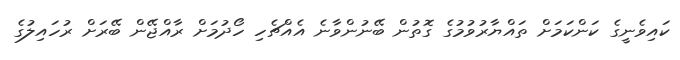
ކައިވެނީގެ ކަންކަމަށް ތައްޔާރުވުމުގެ ގޮތުން ބޭނުންވާނެ އެއްޗެހި ހޯދުމަށް ރާއްޖޭން ބޭރަށް ރުހައިލުގެ